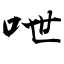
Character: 呭